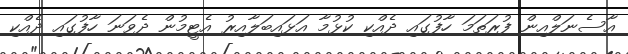
އާސެނަލްއިން ފުރަތަމަ ހާފުގައި ދެއްކި ކުޅުމާ އަޅައިބަލާއިރު އެޓީމުން ދެވަނަ ހާފުގައި ދެއްކި